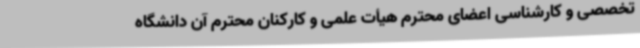
تخصصی و کارشناسی اعضای محترم هیأت علمی و کارکنان محترم آن دانشگاه